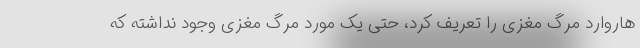
هاروارد مرگ مغزی را تعریف کرد، حتی یک مورد مرگ مغزی وجود نداشته که